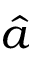
\hat { a }